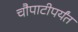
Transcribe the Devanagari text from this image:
चौपाटीपर्यंत